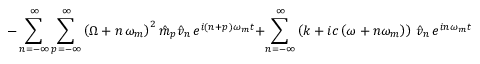
- \sum _ { n = - \infty } ^ { \infty } \sum _ { p = - \infty } ^ { \infty } \left( \Omega + n \, \omega _ { m } \right) ^ { 2 } \hat { m } _ { p } \hat { v } _ { n } \, e ^ { i ( n + p ) \omega _ { m } t } + \sum _ { n = - \infty } ^ { \infty } \left( k + i c \left( \omega + n \omega _ { m } \right) \right) \, \hat { v } _ { n } \, e ^ { i n \omega _ { m } t } = F _ { 0 } + \sum _ { p = - \infty } ^ { \infty } \hat { F } _ { e p } e ^ { i p \omega _ { m } t } e ^ { - i \Omega t } .